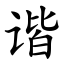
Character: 谐